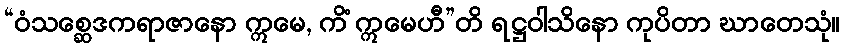
“ဝံသစ္ဆေဒကရာဇာနော ဣမေ, ကိံ ဣမေဟီ”တိ ရဋ္ဌဝါသိနော ကုပိတာ ဃာတေသုံ။